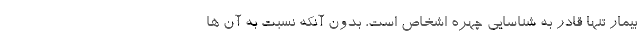
بیمار تنها قادر به شناسایی چهره اشخاص است، بدون آنکه نسبت به آن ها